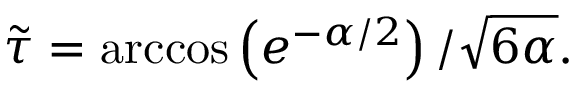
\tilde { \tau } = \operatorname { a r c c o s } \left( e ^ { - \alpha / 2 } \right) / \sqrt { 6 \alpha } .